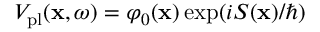
V _ { \mathrm { p l } } ( \mathbf { x } , \omega ) = \varphi _ { 0 } ( \mathbf { x } ) \exp ( i S ( \mathbf { x } ) / \hbar )